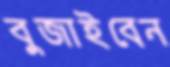
বুজাইবেন